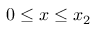
0 \leq x \leq x _ { 2 }